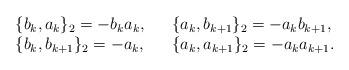
LaTeX: \begin{align*}\begin{array}{lcl}\{b_k,a_k\}_2=-b_ka_k, & &\{a_k,b_{k+1}\}_2=-a_kb_{k+1}, \\ \{b_k,b_{k+1}\}_2=-a_k, & & \{a_k,a_{k+1}\}_2=-a_ka_{k+1}. \end{array}\end{align*}